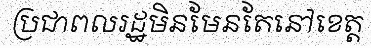
ប្រជាពលរដ្ឋមិនមែនតែនៅខេត្ត